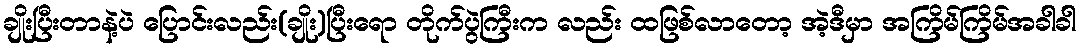
ချိုးပြီးတာနဲ့ပဲ ပြောင်းလည်း(ချိုး)ပြီးရော တိုက်ပွဲကြီးက လည်း ထဖြစ်လာတော့ အဲ့ဒီမှာ အကြိမ်ကြိမ်အခါခါ